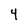
Character: 4